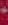
-